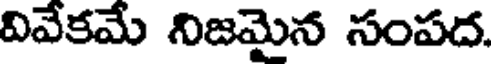
వివేకమే నిజమైన సంపద.